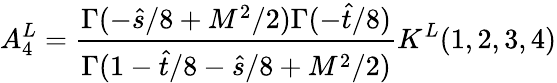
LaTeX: A_{4}^{L}={\frac{\Gamma(-\hat{s}/8+M^{2}/2)\Gamma(-\hat{t}/8)}{\Gamma(1-\hat{t}/8-\hat{s}/8+M^{2}/2)}}K^{L}(1,2,3,4)